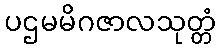
ပဌမမိဂဇာလသုတ္တံ